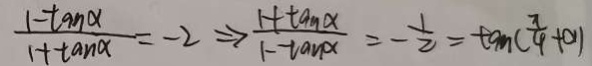
\frac { 1 - \tan \alpha } { 1 + \tan \alpha } = - 2 \Rightarrow \frac { 1 + \tan \alpha } { 1 - \tan \alpha } = - \frac { 1 } { 2 } = \tan ( \frac { \pi } { 4 } + 0 )